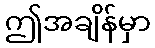
ဤအချိန်မှာ